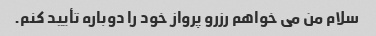
سلام من می خواهم رزرو پرواز خود را دوباره تأیید کنم.